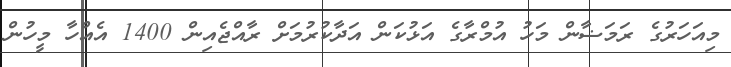
މިއަހަރުގެ ރަމަޟާން މަހު އުމްރާގެ އަޅުކަން އަދާކުރުމަށް ރާއްޖެއިން 1400 އެއްހާ މީހުން